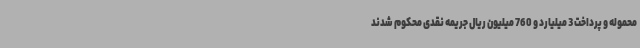
محموله و پرداخت 3 میلیارد و 760 میلیون ریال جریمه نقدی محکوم شدند